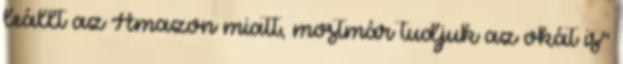
leállt az Amazon miatt, mostmár tudjuk az okát is"